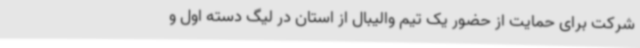
شرکت برای حمایت از حضور یک تیم والیبال از استان در لیگ دسته اول و